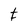
Character: t